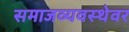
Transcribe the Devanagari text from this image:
समाजव्यवस्थेवर